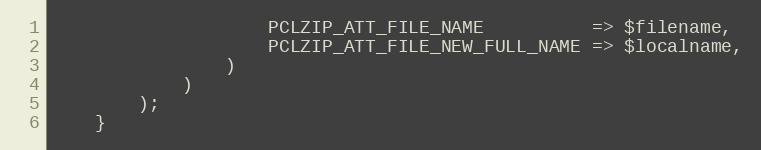
Language: PHP
                    PCLZIP_ATT_FILE_NAME          => $filename,
                    PCLZIP_ATT_FILE_NEW_FULL_NAME => $localname,
                )
            )
        );
    }